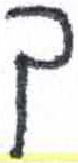
אות: ך